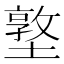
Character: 墪